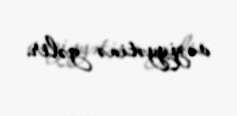
vəziyyətinə gəlir.